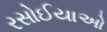
રસોઈયાઓ